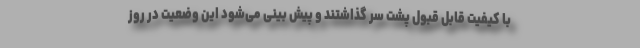
با کیفیت قابل قبول پشت سر گذاشتند و پیش بینی می‌شود این وضعیت در روز